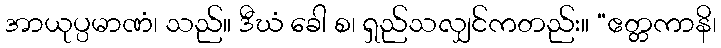
အာယုပ္ပမာဏံ၊ သည်။ ဒီဃံ ခေါ စ၊ ရှည်သလျှင်ကတည်း။ “ဧတ္တကာနိ၊